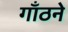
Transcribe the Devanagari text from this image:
गाँठने